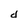
Character: d